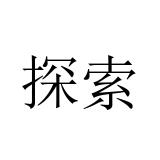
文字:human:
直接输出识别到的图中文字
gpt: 探索